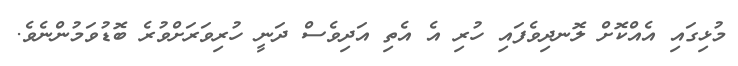
މުޅިގައި އެއްކޮށް ލޮނދިވެފައި ހުރި އެ އެތި އަދިވެސް ދަނީ ހުރިވަރަށްވުރެ ބޮޑުވަމުންނެވެ.